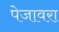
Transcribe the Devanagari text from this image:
पेजावरा